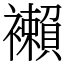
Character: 襰